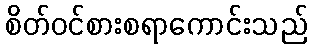
စိတ်ဝင်စားစရာကောင်းသည်